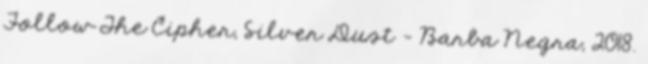
Follow The Cipher, Silver Dust – Barba Negra, 2018.